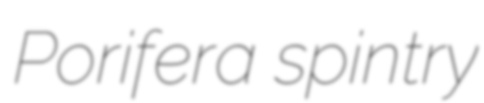
Porifera spintry